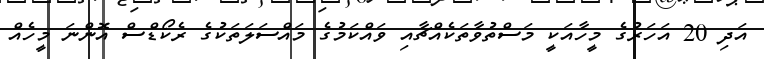
އަދި 20 އަހަރުގެ މީހާއަކީ މަސްތުވާތަކެއްޗާއި ވައްކަމުގެ މައްސަލަތަކުގެ ރެކޯޑްސް އޮންނަ މީހެއް